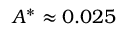
A ^ { * } \approx 0 . 0 2 5